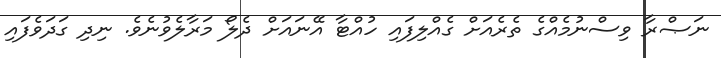
ނަޞްރާ ވިސްނުމެއްގެ ތެރެއަށް ގެއްލިފައި ހުއްޓާ އޭނައަށް ދެލޯ މަރާލެވުނެވެ. ނިދި ގަދަވެފައި